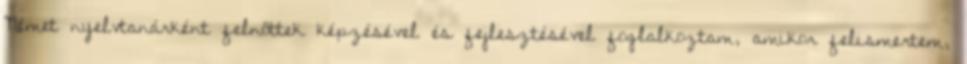
Német nyelvtanárként felnőttek képzésével és fejlesztésével foglalkoztam, amikor felismertem,